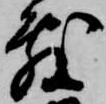
敷